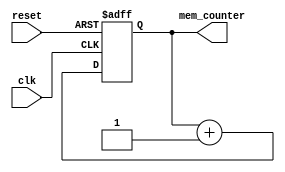
module mem_dump_counter(clk, reset, mem_counter);

	// Input and output declarations
	input             clk, reset;
	output reg [15:0] mem_counter;
	
	always @ (posedge clk or posedge reset) begin
	
		// When reset is asserted, mem_counter is 0
		if (reset == 1'b1)
			mem_counter <= 16'b0;
			
		// Increment mem_counter
		else
			mem_counter <= mem_counter + 1;
			
		end //end of always block
	
endmodule